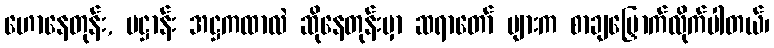
ဟောနေတုန်း, ပဋ္ဌာန်း အဋ္ဌကထာလဲ ဆိုနေတုန်းမှာ ဆရာတော် များက စာချမြှောက်လိုက်ပါတယ်၊